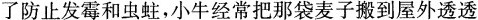
了防止发霉和虫蛀，小牛经常把那袋麦子搬到屋外透透